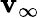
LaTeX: \mathbf{v}_{\infty}